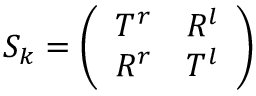
S _ { k } = \left( \begin{array} { l l } { { T ^ { r } } } & { { R ^ { l } } } \\ { { R ^ { r } } } & { { T ^ { l } } } \end{array} \right)